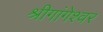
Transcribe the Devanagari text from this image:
श्रीगांगेश्वर